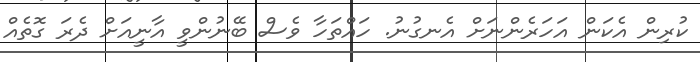
ކުރިން އެކަން އަހަރެންނަށް އެނގުނު. ހައްތަހާ ވެސް ބޭނުންވީ އާނީއަށް ދެރަ ގޮތެއް